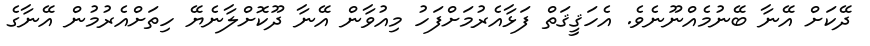
ދޭކަށް އޭނާ ބޭނުމެއްނޫނެވެ. އެހަޤީޤަތް ފަޅާއެރުމަށްފަހު މިއުވާން އޭނާ ދޫކޮށްލާނެޔޭ ހިތަށްއެރުމުން އޭނާގެ